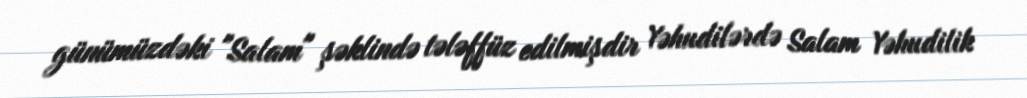
günümüzdəki "Salam" şəklində tələffüz edilmişdir Yəhudilərdə Salam Yəhudilik